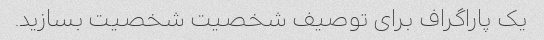
یک پاراگراف برای توصیف شخصیت شخصیت بسازید.